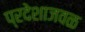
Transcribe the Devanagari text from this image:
प्रदेशाजवळ